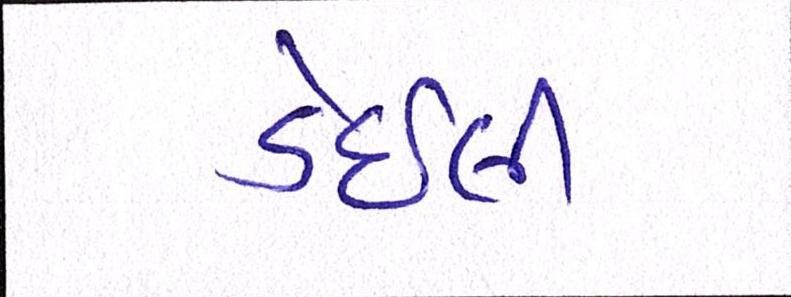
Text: ડેઇલી